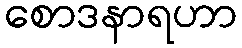
စောဒနာရဟာ